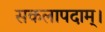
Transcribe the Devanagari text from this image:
सकलापदाम्‌।